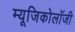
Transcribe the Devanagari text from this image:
म्‍यूजिकोलॉजी